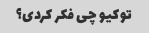
توکیو چی فکر کردی؟